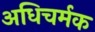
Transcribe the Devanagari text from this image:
अधिचर्मक